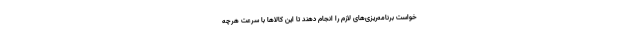
خواست برنامه‌ریزی‌های لازم را انجام دهند تا این کالاها با سرعت هرچه